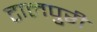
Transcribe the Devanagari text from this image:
टालपुरी